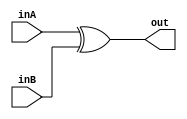
module test(inA,inB,out);
	input inA,inB;
	output reg out;

	always@(inA,inB) begin
		out = inA^inB;

	end
endmodule